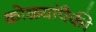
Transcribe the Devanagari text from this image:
कोळ्यांपैकी